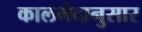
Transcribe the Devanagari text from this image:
कालभेदानुसार